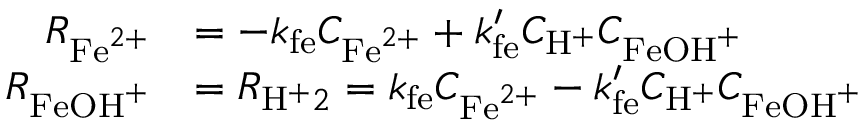
\begin{array} { r l } { R _ { \mathrm { F e } ^ { 2 + } } } & { = - k _ { \mathrm { f e } } C _ { \mathrm { F e } ^ { 2 + } } + k _ { \mathrm { f e } } ^ { \prime } C _ { \mathrm { H } ^ { + } } C _ { \mathrm { F e O H } ^ { + } } } \\ { R _ { \mathrm { F e O H } ^ { + } } } & { = R _ { \mathrm { H } ^ { + } 2 } = k _ { \mathrm { f e } } C _ { \mathrm { F e } ^ { 2 + } } - k _ { \mathrm { f e } } ^ { \prime } C _ { \mathrm { H } ^ { + } } C _ { \mathrm { F e O H } ^ { + } } } \end{array}